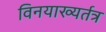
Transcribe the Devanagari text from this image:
विनयाख्यर्तत्र